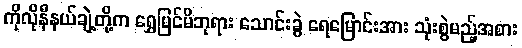
ကိုလိုနီနယ်ချဲ့တို့က ရွှေမြင်မိဘုရား သောင်းခွဲ ရေမြောင်းအား သုံးစွဲမည့်အစား